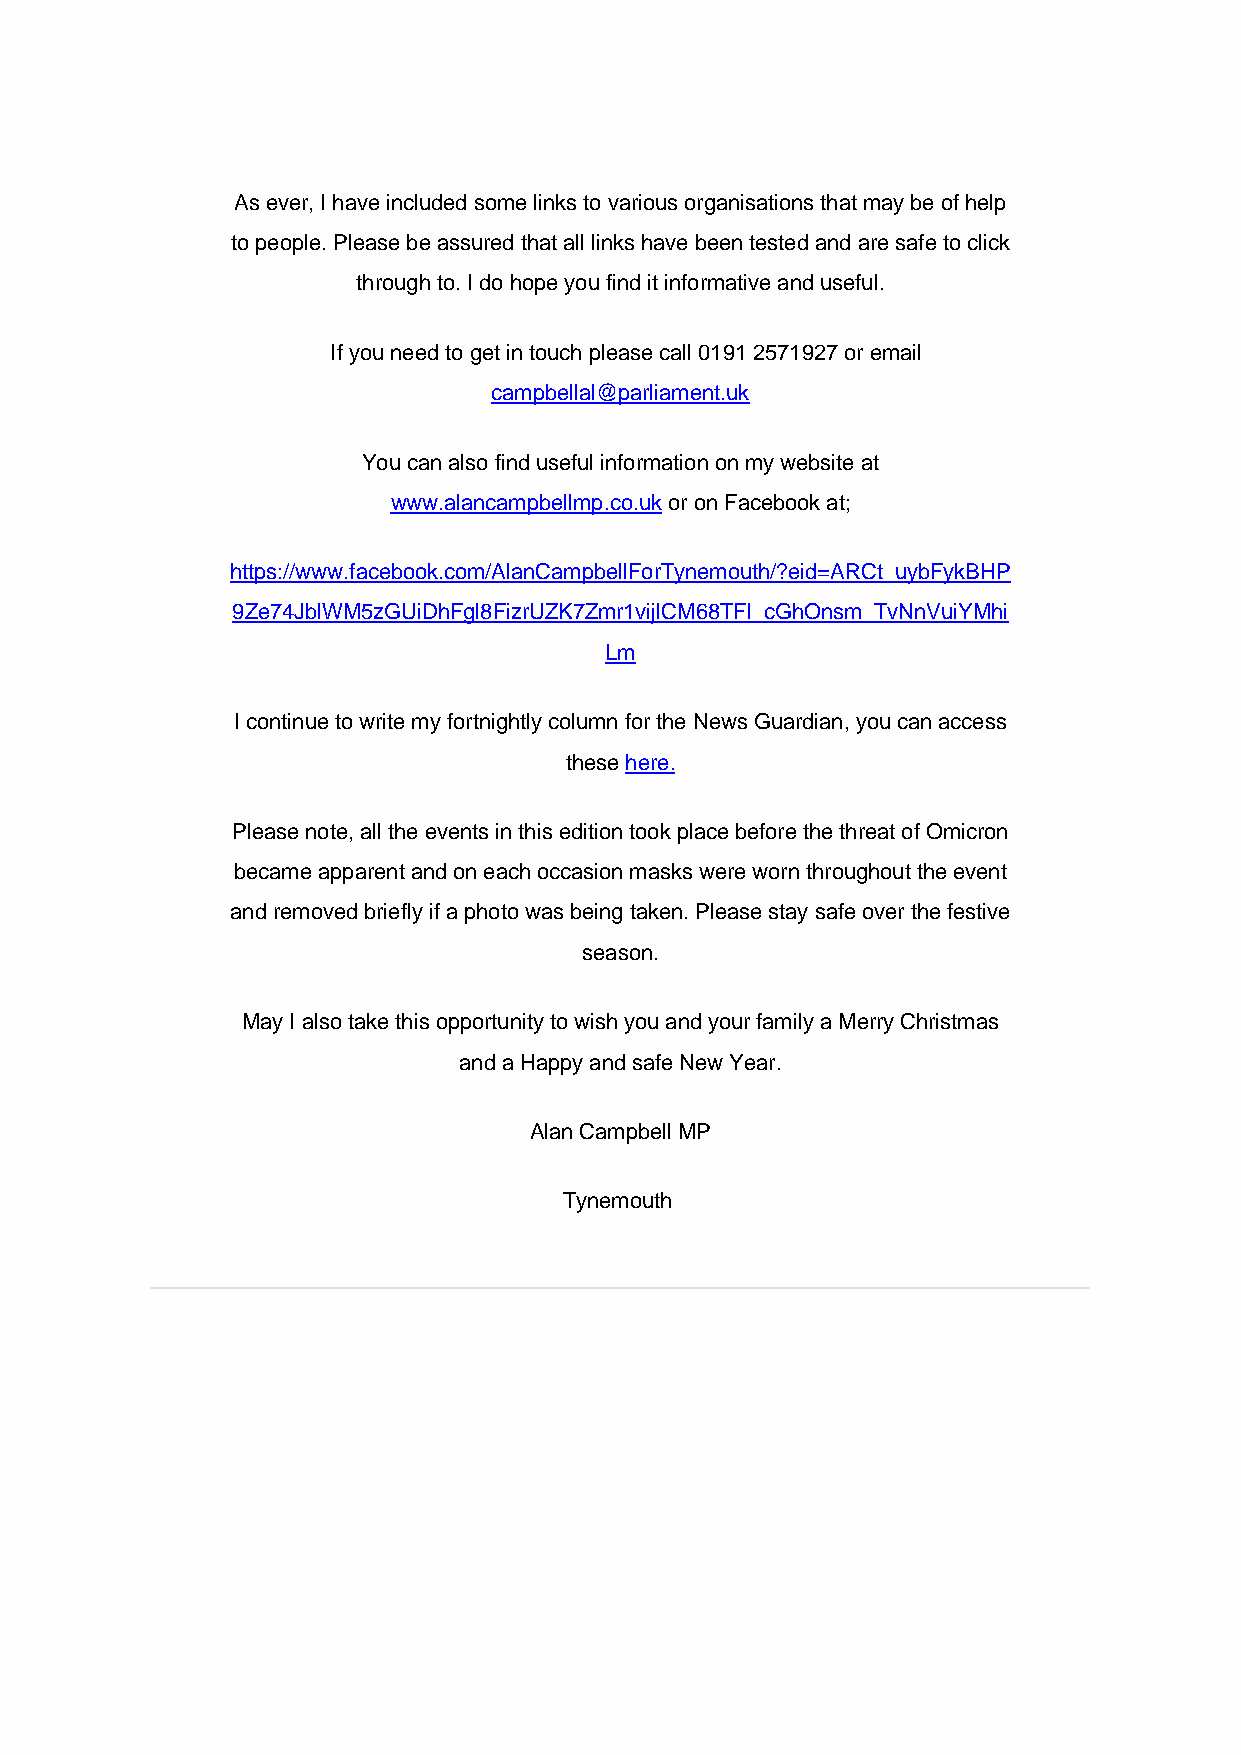
As ever, I have included some links to various organisations that may be of help
 to people. Please be assured that all links have been tested and are safe to click
 through to. I do hope you find it informative and useful.
 If you need to get in touch please call 0191 2571927 or email
 campbellal@parliament.uk
 You can also find useful information on my website at
 www.alancampbellmp.co.uk or on Facebook at;
 https://www.facebook.com/AlanCampbellForTynemouth/?eid=ARCt_uybFykBHP
 9Ze74JblWM5zGUiDhFgl8FizrUZK7Zmr1vijlCM68TFl_cGhOnsm_TvNnVuiYMhi
 Lm
 I continue to write my fortnightly column for the News Guardian, you can access
 these here.
 Please note, all the events in this edition took place before the threat of Omicron
 became apparent and on each occasion masks were worn throughout the event
 and removed briefly if a photo was being taken. Please stay safe over the festive
 season.
 May I also take this opportunity to wish you and your family a Merry Christmas
 and a Happy and safe New Year.
 Alan Campbell MP
 Tynemouth